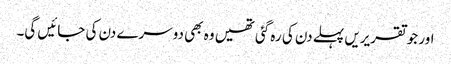
اور جو تقریریں پہلے دن کی رہ گئی تھیں وہ بھی دوسرے دن کی جائیں گی۔